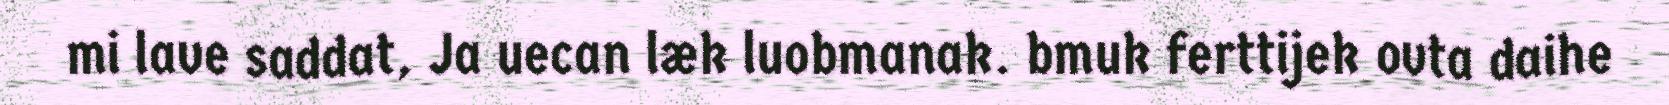
mi lave saddat, Ja uecan læk luobmanak. bmuk ferttijek ovta daihe